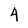
Character: 4